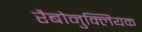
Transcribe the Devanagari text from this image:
रैबोनुक्लियक